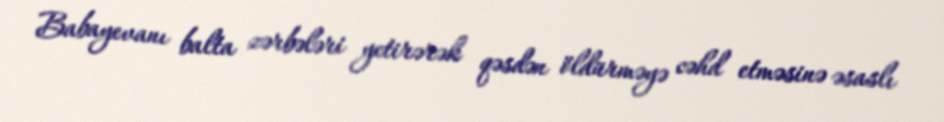
Babayevanı balta zərbələri yetirərək qəsdən öldürməyə cəhd etməsinə əsaslı